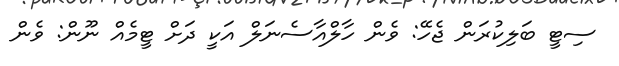
ސިޓީ ބަލިކުރަން ޖެހޭ: ވެން ހާލްއާސެނަލް އަކީ ދަށް ޓީމެއް ނޫން: ވެން